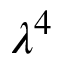
\lambda ^ { 4 }